Vital statistics of India. Vol. IV, Annual returns from 1871 to 1876. British Army of India, Native Army and jails of Bengal
Year: 1871
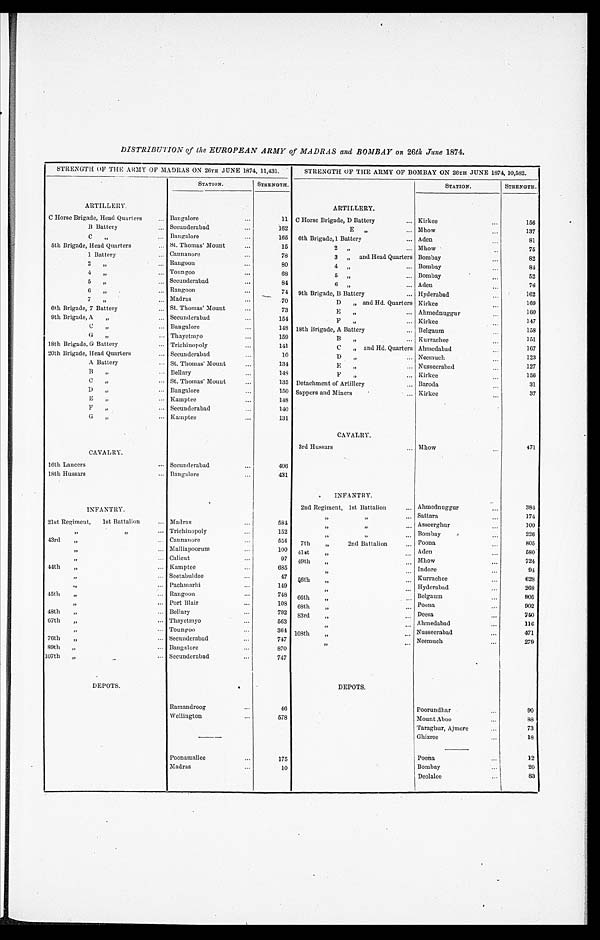
DISTRIBUTION of the EUROPEAN ARMY of MADRAS and BOMBAY on 26th June 1874.
STRENGTH OF THE ARMY OF MADRAS ON 26TH JUNE 1874, 11,431.
STATION.
STRENGTH.
ARTILLERY.
C Horse Brigade, Head Quarters
. . . Bangalore . . .
11
B Battery . . . Secunderabad . . .
162
C " . . . Bangalore . . .
165
5th Brigade, Head Quarters . . .
St. Thomas' Mount . . .
15
1 Battery . . . Cannanore . . .
78
2 " . . . Rangoon . . .
80
4 " . . . Toungoo . . .
68
5 " . . . Secunderabad . . .
84
6 " . . . Rangoon . . .
74
7 " . . .
Madras . . .
70
6th Brigade, 7 Battery . . . St. Thomas' Mount . . .
73
9th Brigade, A " . . . Secunderabad . . .
154
C " . . . Bangalore . . .
148
G
" . . . Thayetmyo . . .
159
18th Brigade, G Battery . . . Trichinopoly . . .
141
20th Brigade, Head Quarters . . . Secunderabad . . .
10
A Battery . . . St. Thomas' Mount . . .
134
B " . . . Bellary . . .
148
C " . . . St. Thomas' Mount . . .
135
D " . . . Bangalore . . .
150
E " . . . Kamptee . . .
148
F " . . . Secunderabad . . .
140
G " . . . Kamptee . . .
131
CAVALRY.
16th Lancers . . . Secunderabad . . .
406
18th Hussars . . . Bangalore . . .
431
INFANTRY.
21st Regiment,
1st Battalion . . . Madras . . .
584
" " . . . Trichinopoly . . .
152
43rd " . . . Cannanore . . .
554
" . . . Malliapoorum . . .
100
" . . . Calicut . . .
97
44th " . . . Kamptee . . .
685
" . . . Seetabuldee . . .
47
" . . . Pachmarhi . . .
149
45th " . . . Rangoon . . .
748
" . . . Port Blair . . .
108
48th " . . . Bellary . . .
792
67th " . . . Thayetmyo . . .
563
" . . . Toungoo . . .
364
76th " . . . Secunderabad . . .
747
89th " . . . Bangalore . . .
870
107th " . . .
Secunderabad . . .
747
DEPOTS.
Ramandroog . . .
46
Wellington . . .
578
Poonamallee . . .
175
Madras . . .
10
STRENGTH OF THE ARMY OF BOMBAY ON 26TH JUNE 1874, 10,582.
STATION.
STRENGTH.
ARTILLERY.
C Horse Brigade, D Battery . . . Kirkee . . .
1 5 6
E " . . . Mhow . . .
137
6th Brigade, 1 Battery . . . Aden . . .
81
2 " . . . Mhow . . .
75
3 " and Head Quarters Bombay . . .
8 2
4 " . . . Bombay . . .
84
5 " . . . Bombay . . .
52
6 " . . . Aden . . .
7 6
9th Brigade, B Battery . . . Hyderabad . . .
162
D " and Hd. Quarters Kirkee . . .
169
E " . . . Ahmednuggur . . .
160
F " . . . Kirkee . . .
147
18th Brigade, A Battery . . . Belgaum . . .
158
B " . . . Kurrachee . . .
1 5 1
C " and Hd. Quarters Ahmedabad . . .
1 6 7
D " . . . Neemuch . . .
123
E " . . . Nusseerabad . . .
127
F " . . . Kirkee . . .
1 5 6
Detachment of Artillery . . . Baroda . . .
31
Sappers and Miners . . . Kirkee . . .
3 7
CAVALRY.
3rd Hussars . . . Mhow . . .
471
INFANTRY.
2nd Regiment, 1st Battalion . . . Ahmednuggur . . .
384
" " . . .
Sattara . . .
1 7 4
" " . . . Asseerghur . . .
100
" " . . . Bombay . . .
226
7th " 2nd Battalion . . . Poona . . .
805
41st " . . . Aden . . .
5 8 0
49th " . . . Mhow . . .
7 2 4
" . . . Indore . . .
94
56th " . . . Kurrachee . . .
628
"
. . .
Hyderabad . . .
268
66th " . . . Belgaum . . .
905
6 8 t h " . . .
Poona . . .
902
83rd " . . . Deesa . . .
740
" . . . Ahmedabad . . .
1 1 6
108th " . . . Nusseerabad . . .
471
" . . . Neemuch . . .
2 7 9
DEPOTS.
Poorundhar . . .
9 0
Mount Aboo . . .
8 8
Taraghur, Ajmere . . .
73
Ghizree . . .
18
Poona . . .
12
Bombay . . .
20
Deolalee . . .
83